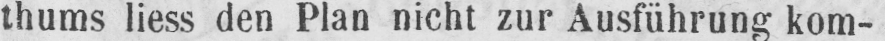
thums liess den Plan nicht zur Ausführung kom-